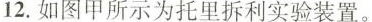
12.如图甲所示为托里拆利实验装置。